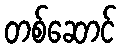
တစ်ဆောင်